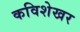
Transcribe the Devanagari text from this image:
कविशेखर